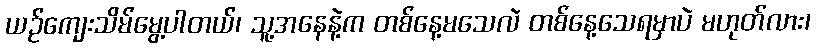
ယဉ်ကျေးသိမ်မွေ့ပါတယ်၊ သူ့အနေနဲ့က တစ်နေ့မသေလဲ တစ်နေ့သေရမှာပဲ မဟုတ်လား၊